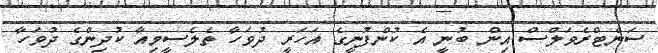
ސަންޓްރެވަލްސް އިން ބުނީ އެ ކުންފުނީގެ އަހަރީ ދުވަހާ ތެލެސީމިއާ ކުދިންގެ ދުވަހާ